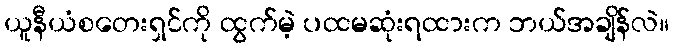
ယူနီယံစတေးရှင်ကို ထွက်မဲ့ ပထမဆုံးရထားက ဘယ်အချိန်လဲ။